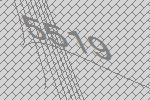
5519